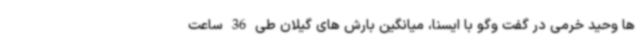
ها وحید خرمی در گفت وگو با ایسنا، میانگین بارش های گیلان طی 36 ساعت